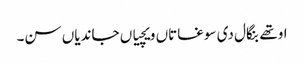
اوتھے بنگال دی سوغاتاں ویچیاں جاندیاں سن۔